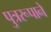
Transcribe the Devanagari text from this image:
पुत्ररूपाने